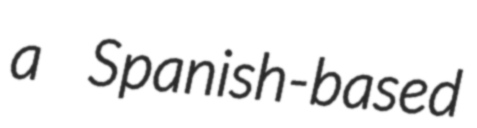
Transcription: a Spanish-based